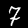
Label: 7